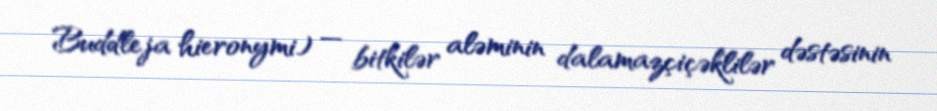
Buddleja hieronymi) — bitkilər aləminin dalamazçiçəklilər dəstəsinin